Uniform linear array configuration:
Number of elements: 8
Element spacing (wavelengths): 0.5
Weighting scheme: uniform
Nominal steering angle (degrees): -30
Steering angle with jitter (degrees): -28.368
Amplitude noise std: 0.05
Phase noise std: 0.05

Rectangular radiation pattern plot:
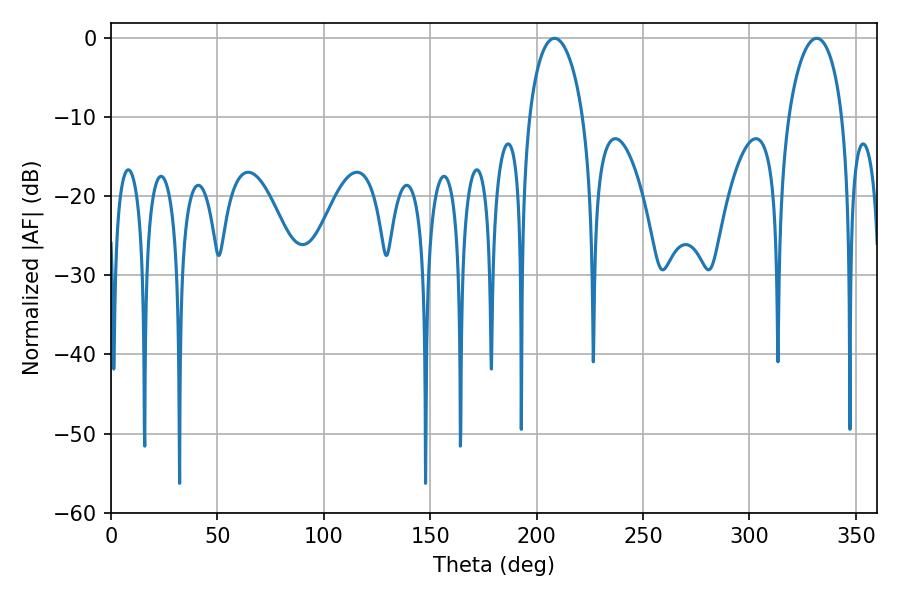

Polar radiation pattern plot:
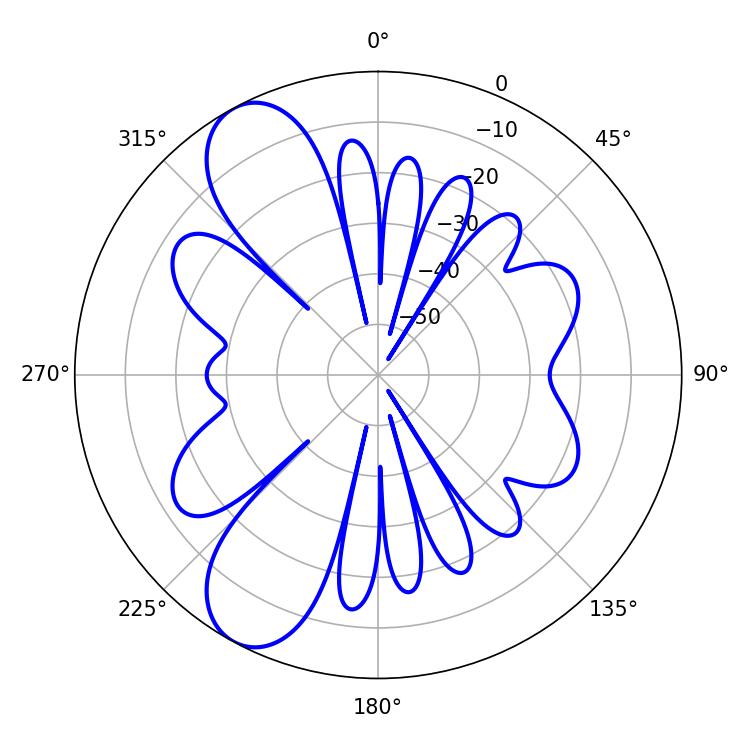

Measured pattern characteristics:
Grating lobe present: FALSE
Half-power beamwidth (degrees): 14.58
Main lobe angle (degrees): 208.44